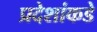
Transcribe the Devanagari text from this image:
प्रदेशांकडे